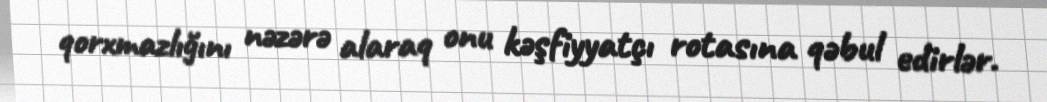
qorxmazlığını nəzərə alaraq onu kəşfiyyatçı rotasına qəbul edirlər.